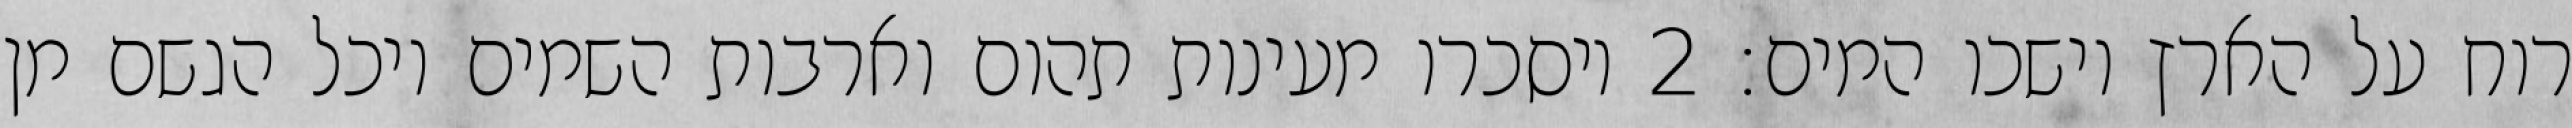
רוח על הארץ וישכו המים׃ ‎2‏ ויסכרו מעינות תהום וארבות השמים ויכל הגשם מן